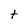
Character: t